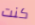
كنت